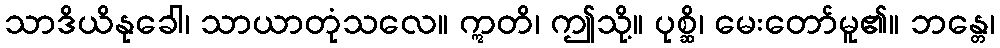
သာဒိယိနုခေါ၊ သာယာတုံသလေ။ ဣတိ၊ ဤသို့။ ပုစ္ဆိ၊ မေးတော်မူ၏။ ဘန္တေ၊